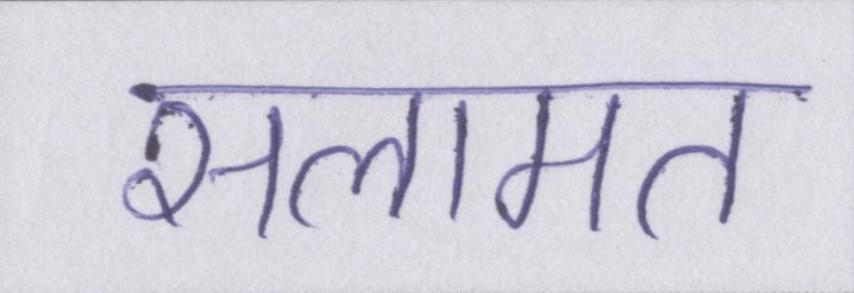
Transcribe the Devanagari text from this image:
सलामत